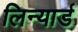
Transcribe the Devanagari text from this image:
लिन्यार्ड